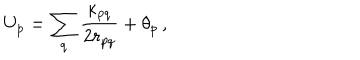
U _ { p } = \sum _ { q } \frac { \kappa _ { p q } } { 2 r _ { p q } } + \theta _ { p } \, ,